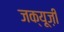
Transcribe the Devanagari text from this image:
जक्यूज़ी